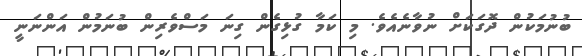
ބުނުމަކުން ދޮގަކަށް ނުވާނެއެވެ. މި ކަމާ ގުޅިގެން ގިނަ މަސްވެރިން ބުނަމުން އަންނަނީ